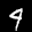
Label: 4